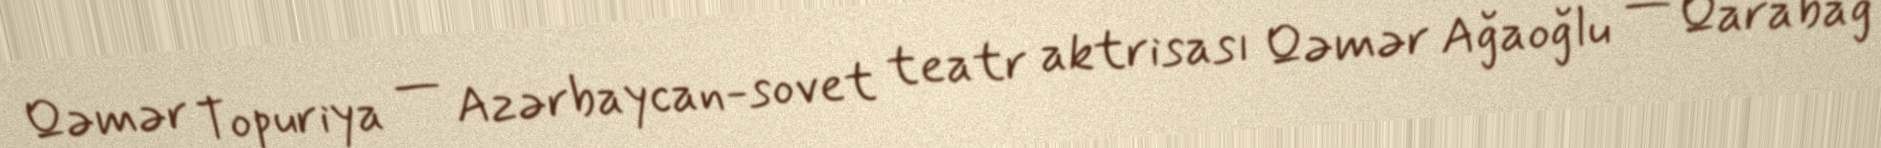
Qəmər Topuriya — Azərbaycan-sovet teatr aktrisası Qəmər Ağaoğlu — Qarabağ